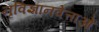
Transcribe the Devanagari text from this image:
नृविज्ञानवेत्ताओं